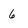
Character: 6